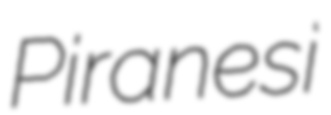
Piranesi